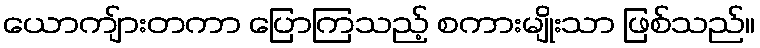
ယောကျ်ားတကာ ပြောကြသည့် စကားမျိုးသာ ဖြစ်သည်။